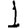
Digit: 1